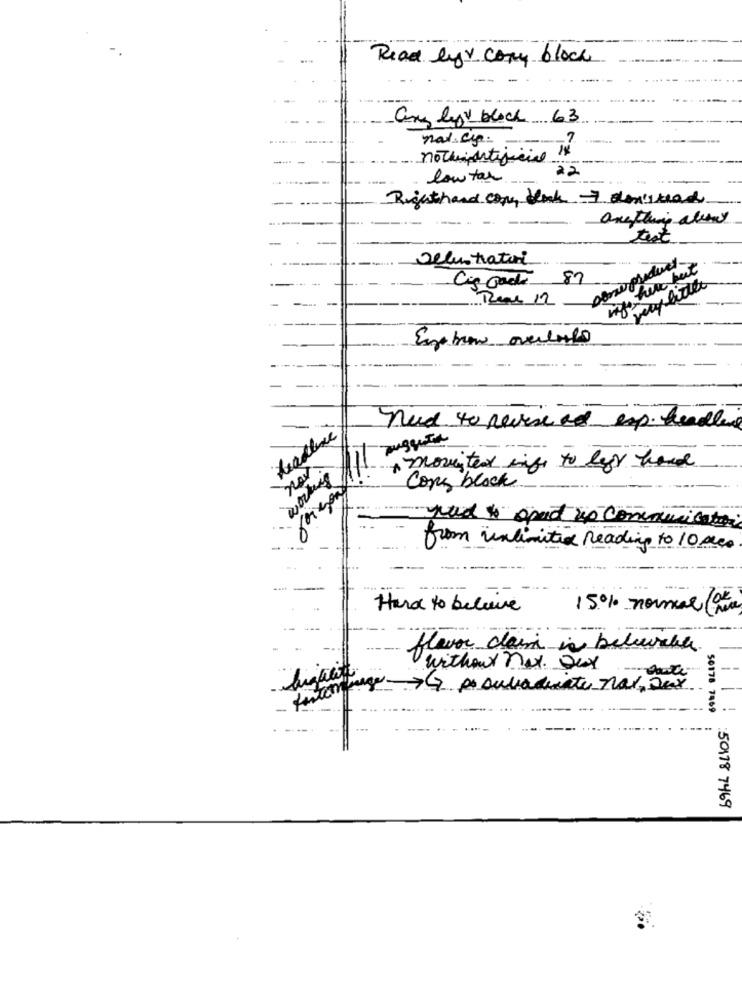
Read lyy cory block
Ceny left block 63
nat.cp.
22
low tar
Righthand come block 7 desistead
anything allant
-
test
Delustratoni
Cis Gods 87
Rene 12
Espabien overlast
need to revise at esp. headles
* movingten wings to legy hand
working
Copy block
red &spad no communication
from unlimited Reading to 10 des
Hard to believe
15% normal (ão
flavor claim is belowable
without nox. aux
Intensity>> po Duladucate nar, Fax
50178 7469
50178 7469